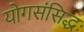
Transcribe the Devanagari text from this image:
योगसंसिद्धः